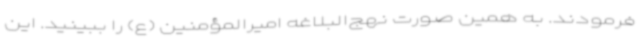
‌فرمودند. به همین صورت نهج‌البلاغه امیرالمؤمنین (ع) را ببینید. این